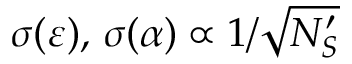
\sigma ( \varepsilon ) , \, \sigma ( \alpha ) \propto 1 / \sqrt { N _ { S } ^ { \prime } }